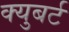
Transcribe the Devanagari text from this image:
क्युबर्ट